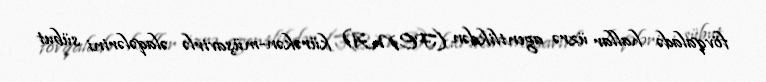
fövqaladə hallar üzrə agentlikdən (FEMA) kürəkən-müşavirlə əlaqələrini sübut